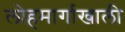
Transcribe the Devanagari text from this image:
लोहमार्गाखाली